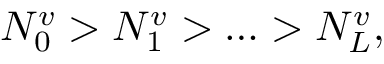
N _ { 0 } ^ { v } > N _ { 1 } ^ { v } > \ldots > N _ { L } ^ { v } ,